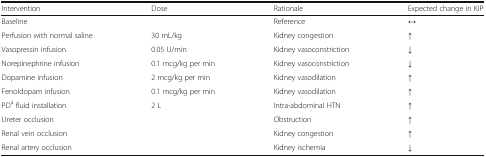
<table><thead><tr><td><b>Intervention</b></td><td><b>Dose</b></td><td><b>Rationale</b></td><td><b>Expected change in KIP</b></td></tr></thead><tbody><tr><td>Baseline</td><td></td><td>Reference</td><td>↔</td></tr><tr><td>Perfusion with normal saline</td><td>30 mL/kg</td><td>Kidney congestion</td><td>↑</td></tr><tr><td>Vasopressin infusion</td><td>0.05 U/min</td><td>Kidney vasoconstriction</td><td>↓</td></tr><tr><td>Norepinephrine infusion</td><td>0.1 mcg/kg per min</td><td>Kidney vasoconstriction</td><td>↓</td></tr><tr><td>Dopamine infusion</td><td>2 mcg/kg per min</td><td>Kidney vasodilation</td><td>↑</td></tr><tr><td>Fenoldopam infusion</td><td>0.1 mcg/kg per min</td><td>Kidney vasodilation</td><td>↑</td></tr><tr><td>PD<sup>a</sup> fluid installation</td><td>2 L</td><td>Intra-abdominal HTN</td><td>↑</td></tr><tr><td>Ureter occlusion</td><td></td><td>Obstruction</td><td>↑</td></tr><tr><td>Renal vein occlusion</td><td></td><td>Kidney congestion</td><td>↑</td></tr><tr><td>Renal artery occlusion</td><td></td><td>Kidney ischemia</td><td>↓</td></tr></tbody></table>